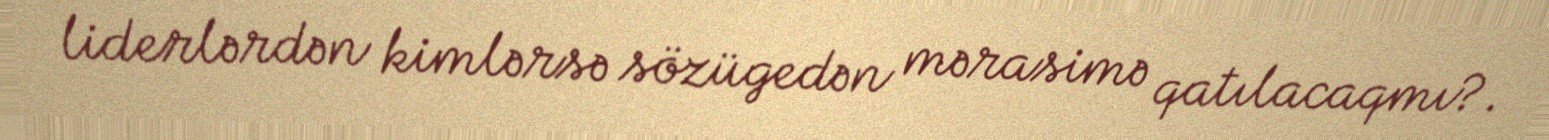
liderlərdən kimlərsə sözügedən mərasimə qatılacaqmı?.